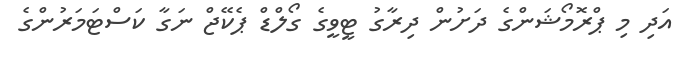
އަދި މި ޕްރޮމޯޝަންގެ ދަށުން ދިރާގު ޓީވީގެ ގޯލްޑް ޕެކޭޖް ނަގާ ކަސްޓަމަރުންގެ